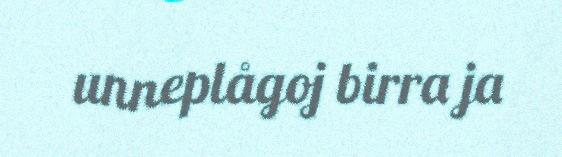
unneplågoj birra ja